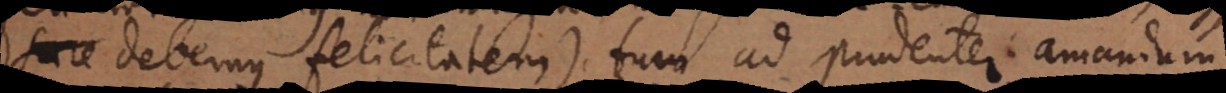
se debemus felicitatem), tum ad prudenter amandum,